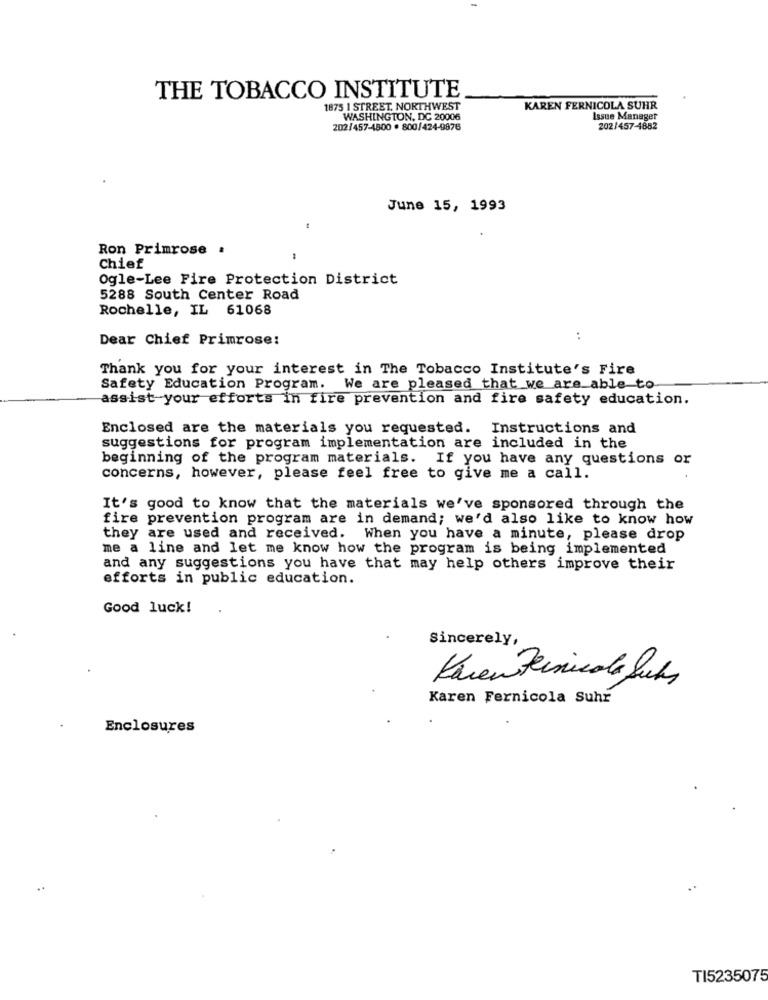
THE TOBACCO INSTITUTE
1875 1 STREET, NORTHWEST
KAREN FERNICOLA SUHR
WASHINGTON, DC 20006
Issue Manager
202/457-4800 . 800/424-9876
202/457-4882
June 15, 1993
1
Ron Primrose .
Chief
Ogle-Lee Fire Protection District
5288 South Center Road
Rochelle, IL 61068
Dear Chief Primrose:
:
Thank you for your interest in The Tobacco Institute's Fire
Safety Education Program. We are pleased that we are able to
assist your efforts in fire prevention and fire safety education.
Enclosed are the materials you requested. Instructions and
suggestions for program implementation are included in the
beginning of the program materials. If you have any questions or
concerns, however, please feel free to give me a call.
It's good to know that the materials we've sponsored through the
fire prevention program are in demand; we'd also like to know how
they are used and received. When you have a minute, please drop
me a line and let me know how the program is being implemented
and any suggestions you have that may help others improve their
efforts in public education.
Good luck!
Sincerely,
Karen Feinicole Suchs
Karen Fernicola Suhr
Enclosures
..
TI5235075